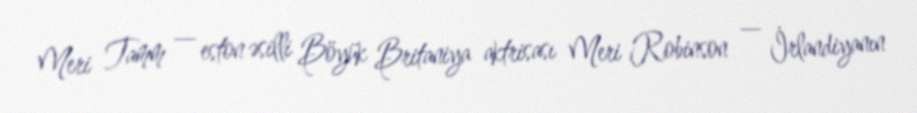
Meri Tamm — eston əsilli Böyük Britaniya aktrisası Meri Robinson — İrlandiyanın